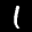
Digit: 1